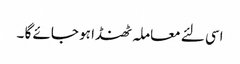
اسی لئے معاملہ ٹھنڈا ہو جائے گا ۔